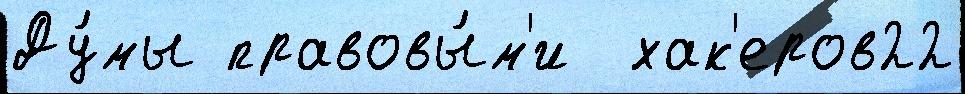
Ду́мы правовы́м'и  хак'еров22